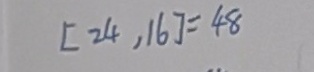
[ 2 4 , 1 6 ] = 4 8